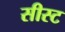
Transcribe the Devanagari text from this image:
सीस्ट